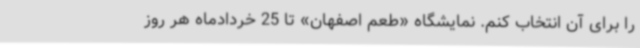
را برای آن انتخاب کنم. نمایشگاه «طعم اصفهان» تا 25 خردادماه هر روز